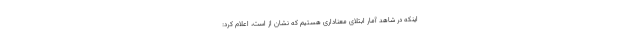
اینکه در شاهد آمار ابتلای معناداری هستیم که نشان از است، اعلام کرد: